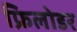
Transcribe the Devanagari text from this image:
फ्रिलोडर